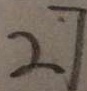
2 7